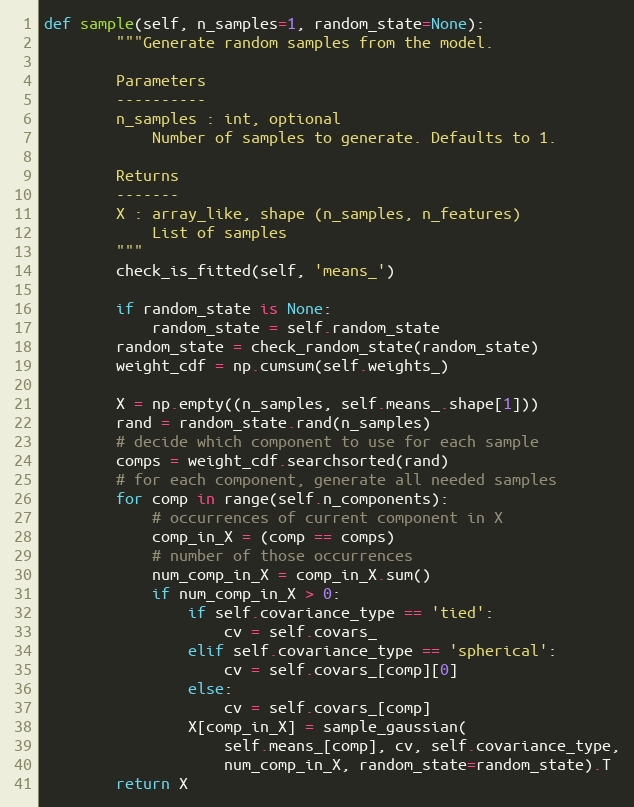
Language: Python
def sample(self, n_samples=1, random_state=None):
        """Generate random samples from the model.

        Parameters
        ----------
        n_samples : int, optional
            Number of samples to generate. Defaults to 1.

        Returns
        -------
        X : array_like, shape (n_samples, n_features)
            List of samples
        """
        check_is_fitted(self, 'means_')

        if random_state is None:
            random_state = self.random_state
        random_state = check_random_state(random_state)
        weight_cdf = np.cumsum(self.weights_)

        X = np.empty((n_samples, self.means_.shape[1]))
        rand = random_state.rand(n_samples)
        # decide which component to use for each sample
        comps = weight_cdf.searchsorted(rand)
        # for each component, generate all needed samples
        for comp in range(self.n_components):
            # occurrences of current component in X
            comp_in_X = (comp == comps)
            # number of those occurrences
            num_comp_in_X = comp_in_X.sum()
            if num_comp_in_X > 0:
                if self.covariance_type == 'tied':
                    cv = self.covars_
                elif self.covariance_type == 'spherical':
                    cv = self.covars_[comp][0]
                else:
                    cv = self.covars_[comp]
                X[comp_in_X] = sample_gaussian(
                    self.means_[comp], cv, self.covariance_type,
                    num_comp_in_X, random_state=random_state).T
        return X